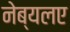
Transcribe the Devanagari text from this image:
नेब्यलए